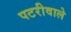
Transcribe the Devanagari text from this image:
पटरीवाले